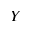
Y